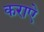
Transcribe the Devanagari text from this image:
कराऐ